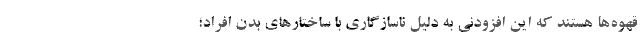
قهوه‌ها هستند که این افزودنی به دلیل ناسازگاری با ساختارهای بدن افراد؛